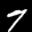
Label: 7